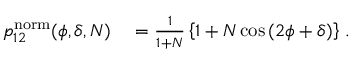
\begin{array} { r l } { p _ { 1 2 } ^ { \mathrm { n o r m } } ( \phi , \delta , N ) } & { { } = \frac { 1 } { 1 + N } \left\{ 1 + N \cos \left( 2 \phi + \delta \right) \right\} \, . } \end{array}